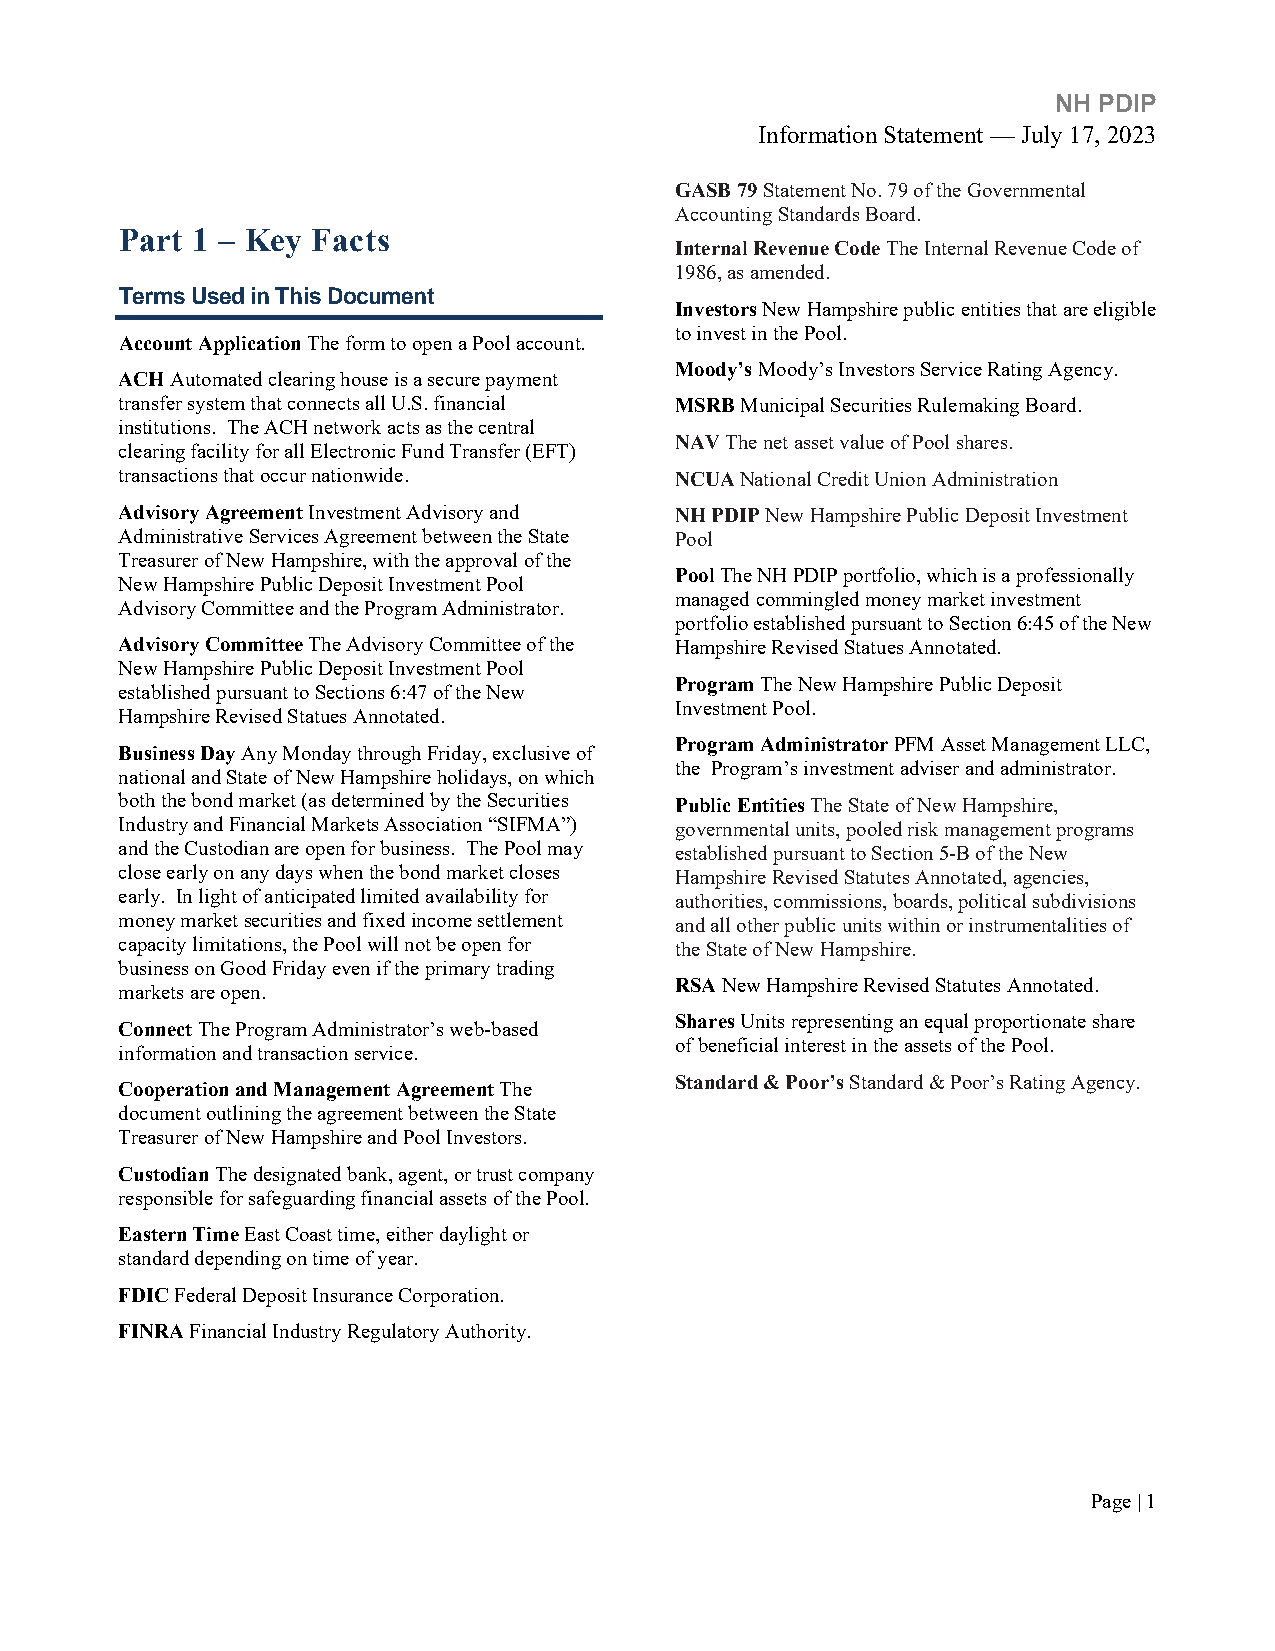
NH PDIP
 Information Statement — July 17, 2023
 GASB 79 Statement No. 79 of the Governmental
 Accounting Standards Board.
 Part 1 – Key Facts
 Internal Revenue Code The Internal Revenue Code of
 1986, as amended.
 Terms Used in This Document
 Investors New Hampshire public entities that are eligible
 to invest in the Pool.
 Account Application The form to open a Pool account.
 Moody’s Moody’s Investors Service Rating Agency.
 ACH Automated clearing house is a secure payment
 transfer system that connects all U.S. financial MSRB Municipal Securities Rulemaking Board.
 institutions. The ACH network acts as the central
 NAV The net asset value of Pool shares.
 clearing facility for all Electronic Fund Transfer (EFT)
 transactions that occur nationwide.  NCUA National Credit Union Administration
 Advisory Agreement Investment Advisory and NH PDIP New Hampshire Public Deposit Investment
 Administrative Services Agreement between the State Pool
 Treasurer of New Hampshire, with the approval of the
 Pool The NH PDIP portfolio, which is a professionally
 New Hampshire Public Deposit Investment Pool
 managed commingled money market investment
 Advisory Committee and the Program Administrator.
 portfolio established pursuant to Section 6:45 of the New
 Advisory Committee The Advisory Committee of the Hampshire Revised Statues Annotated.
 New Hampshire Public Deposit Investment Pool
 Program The New Hampshire Public Deposit
 established pursuant to Sections 6:47 of the New
 Investment Pool.
 Hampshire Revised Statues Annotated.
 Program Administrator PFM Asset Management LLC,
 Business Day Any Monday through Friday, exclusive of
 the Program’s investment adviser and administrator.
 national and State of New Hampshire holidays, on which
 both the bond market (as determined by the Securities Public Entities The State of New Hampshire,
 Industry and Financial Markets Association “SIFMA”) governmental units, pooled risk management programs
 and the Custodian are open for business. The Pool may established pursuant to Section 5-B of the New
 close early on any days when the bond market closes Hampshire Revised Statutes Annotated, agencies,
 early. In light of anticipated limited availability for authorities, commissions, boards, political subdivisions
 money market securities and fixed income settlement and all other public units within or instrumentalities of
 capacity limitations, the Pool will not be open for the State of New Hampshire.
 business on Good Friday even if the primary trading
 RSA New Hampshire Revised Statutes Annotated.
 markets are open.
 Shares Units representing an equal proportionate share
 Connect The Program Administrator’s web-based
 of beneficial interest in the assets of the Pool.
 information and transaction service.
 Standard & Poor’s Standard & Poor’s Rating Agency.
 Cooperation and Management Agreement The
 document outlining the agreement between the State
 Treasurer of New Hampshire and Pool Investors.
 Custodian The designated bank, agent, or trust company
 responsible for safeguarding financial assets of the Pool.
 Eastern Time East Coast time, either daylight or
 standard depending on time of year.
 FDIC Federal Deposit Insurance Corporation.
 FINRA Financial Industry Regulatory Authority.
 Page | 1